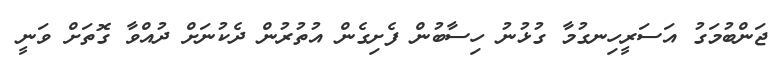
ޖަންބުމަގު އަސަރީހިނގުމާ ގުޅުނު ހިސާބުން ފެށިގެން އުތުރުން ދެކުނަށް ދުއްވާ ގޮތަށް ވަނީ